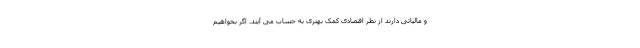
و مالیاتی دارند از نظر اقتصادی کمک بهتری به حساب می آیند. اگر بخواهیم